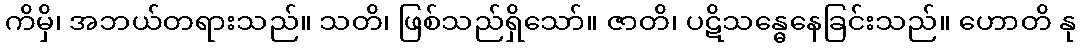
ကိမှိ၊ အဘယ်တရားသည်။ သတိ၊ ဖြစ်သည်ရှိသော်။ ဇာတိ၊ ပဋိသန္ဓေနေခြင်းသည်။ ဟောတိ နု